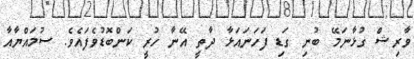
ވާރިޝް ގުޅާނަމޭ ބުނި ގަޑި ފަހަނައަޅާ ދާތީ އޭނާ ހުރީ ކަންބޮޑުވެފައެވެ. ސުމައްޔާއާ